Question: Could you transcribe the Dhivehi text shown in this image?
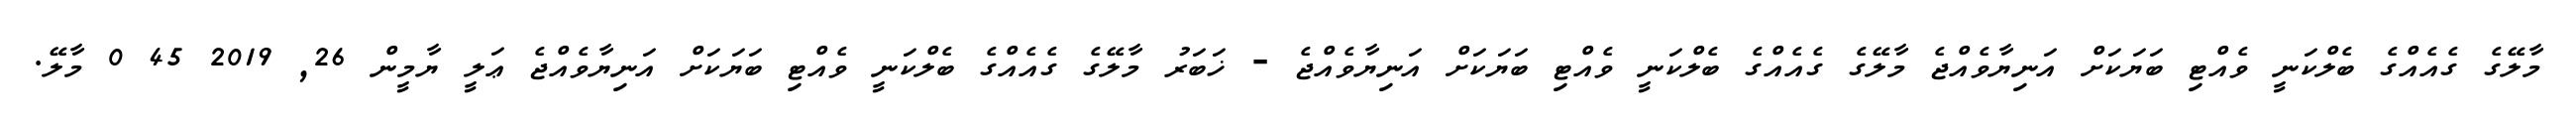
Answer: މާލޭގެ ގެއެއްގެ ބެލްކަނީ ވެއްޓި ބަޔަކަށް އަނިޔާވެއްޖެ މާލޭގެ ގެއެއްގެ ބެލްކަނީ ވެއްޓި ބަޔަކަށް އަނިޔާވެއްޖެ - ޚަބަރު މާލޭގެ ގެއެއްގެ ބެލްކަނީ ވެއްޓި ބަޔަކަށް އަނިޔާވެއްޖެ ޢަލީ ޔާމީން 26, 2019 45 0 މާލޭ.